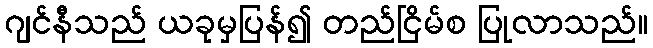
ဂျင်နီသည် ယခုမှပြန်၍ တည်ငြိမ်စ ပြုလာသည်။